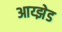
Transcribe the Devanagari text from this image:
आय्झेड